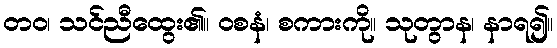
တဝ၊ သင်ညီထွေး၏။ ဝစနံ၊ စကားကို။ သုတွာန၊ နာရ၍။